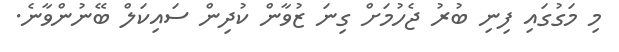
މި މަގުގައި ފިނި ބުރު ޖެހުމަށް ގިނަ ޒުވާން ކުދިން ސައިކަލް ބޭނުންވާނެ.